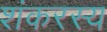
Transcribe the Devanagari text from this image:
शंकरस्य